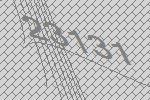
23131